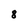
Character: 8